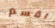
اقسم